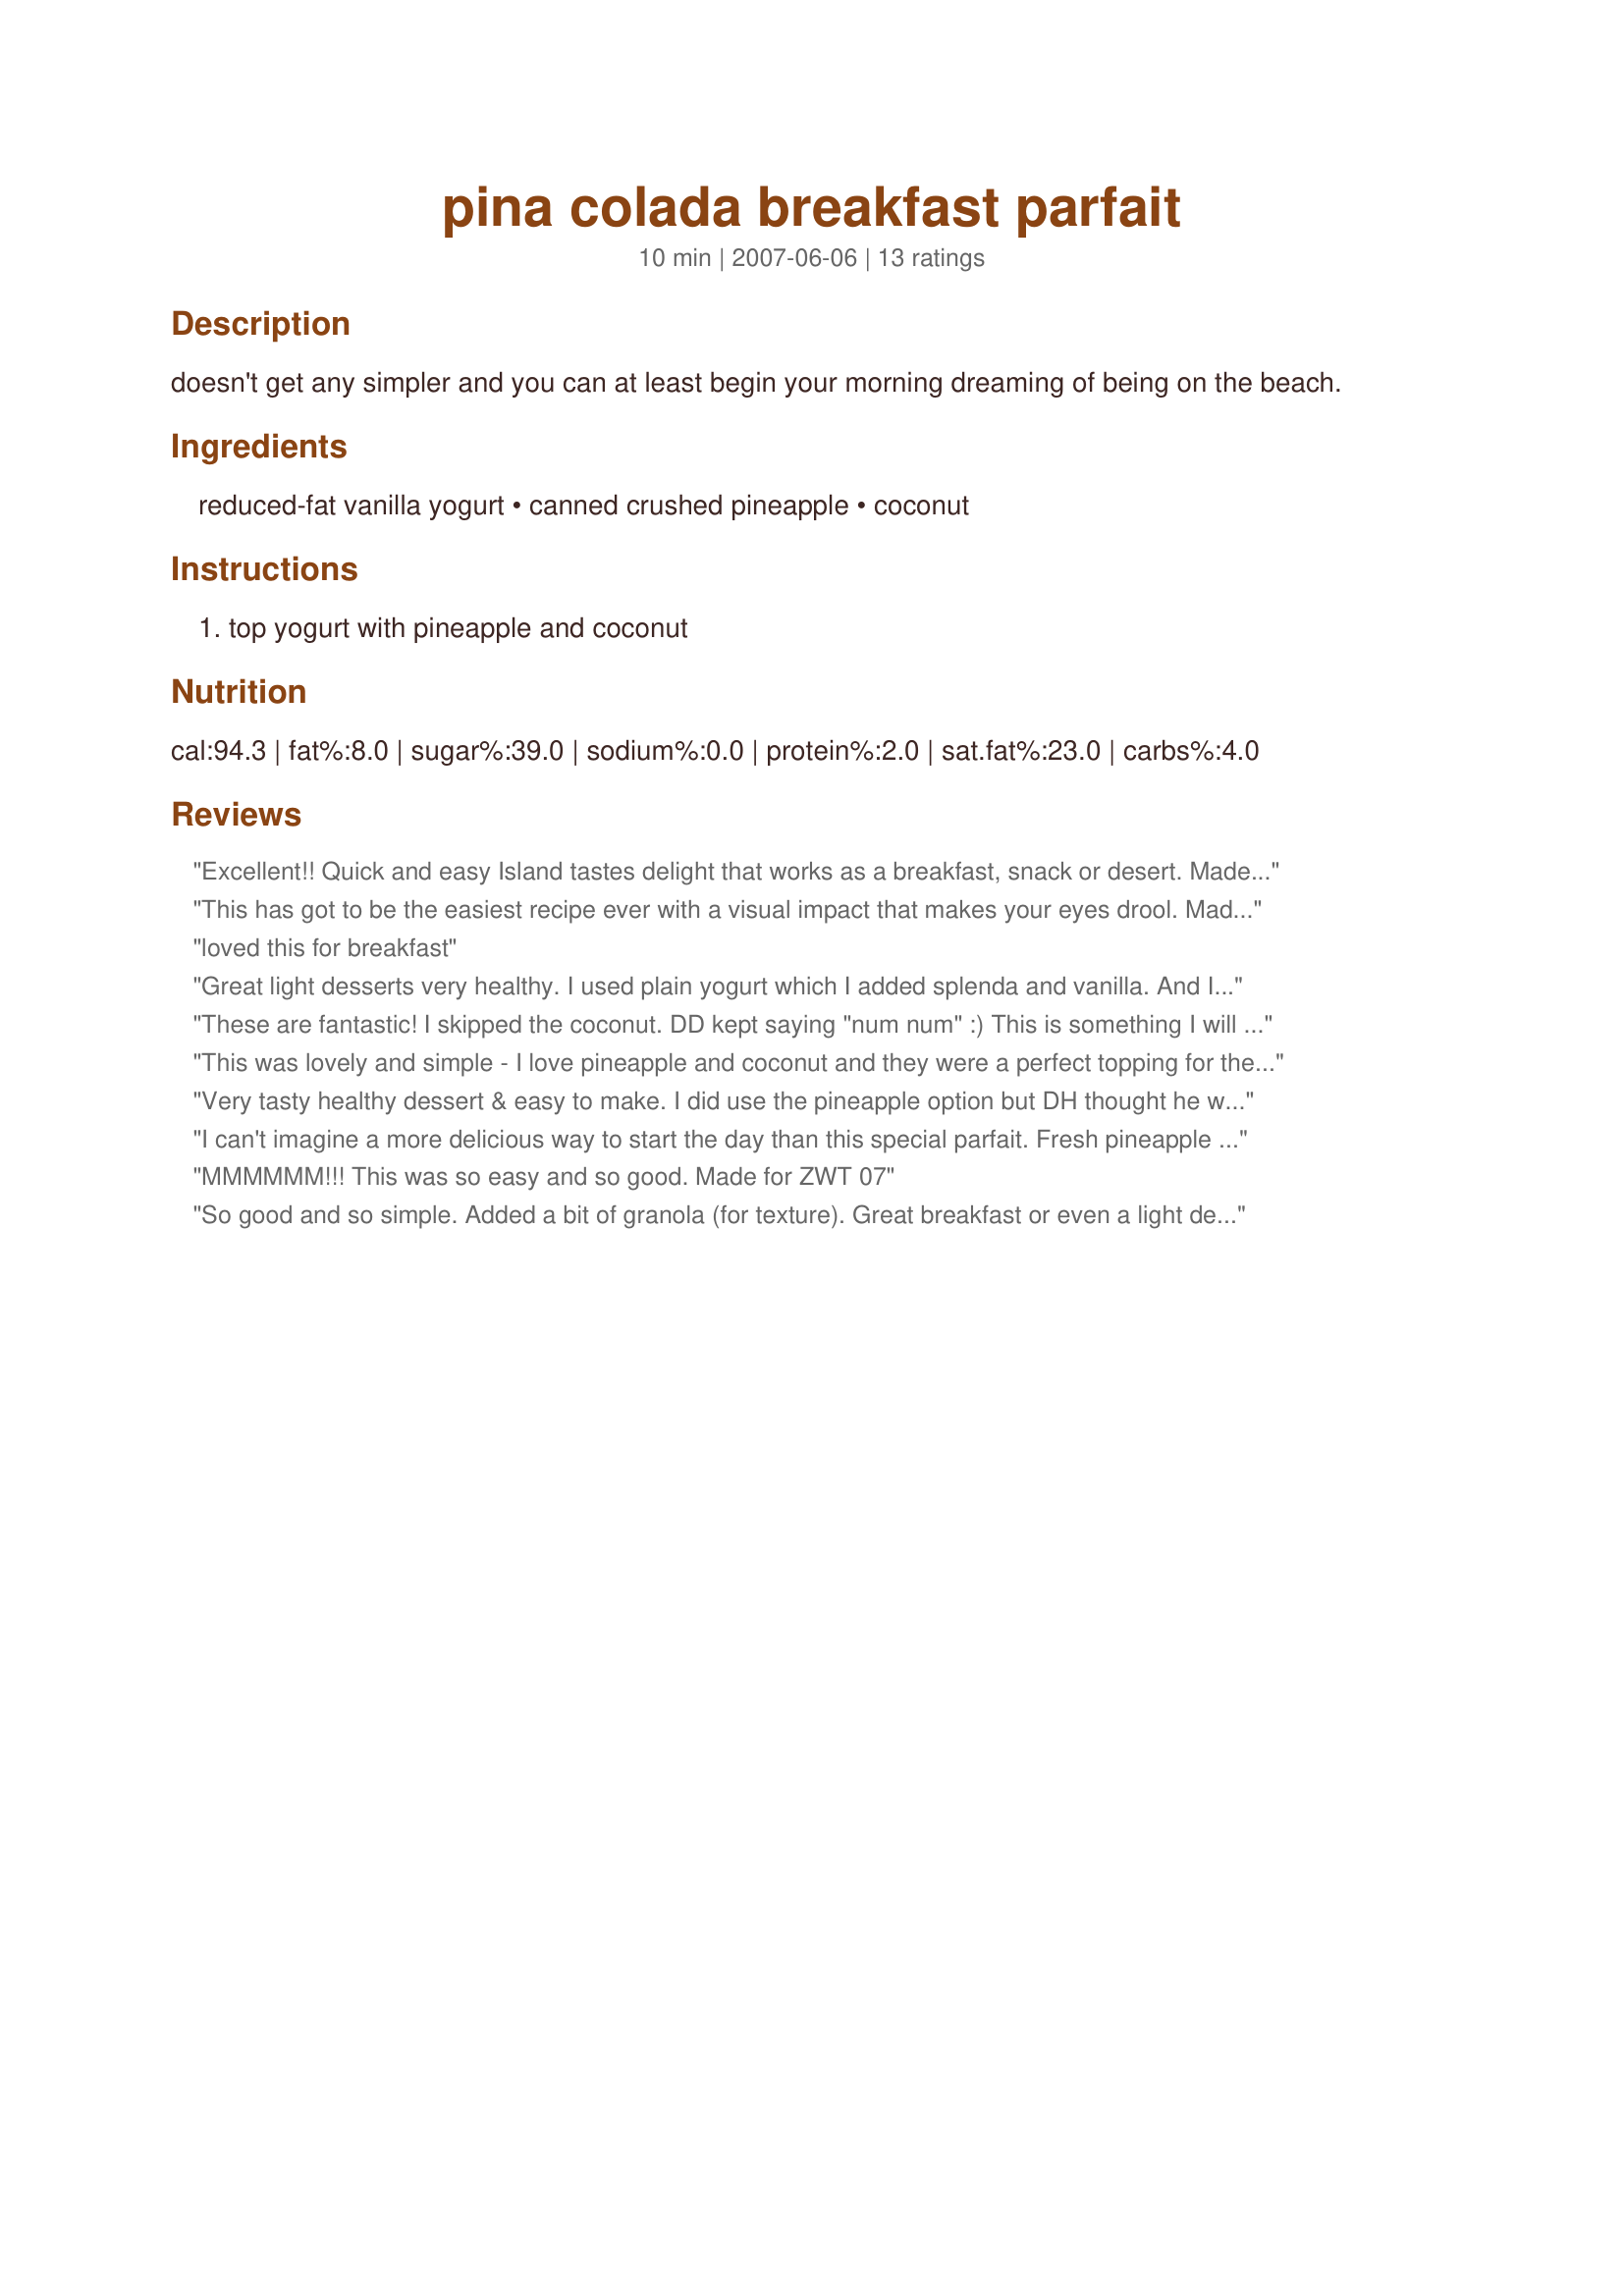
pina colada breakfast parfait
Preparation time: 10 minutes

doesn't get any simpler and you can at least begin your morning dreaming of being on the beach.

Ingredients:
reduced-fat vanilla yogurt, canned crushed pineapple, coconut

Steps:
top yogurt with pineapple and coconut

Reviews:
Excellent!! Quick and easy Island tastes delight that works as a breakfast, snack or desert. Made as written using the mandarin orange option because that is what I had on hand and cannot wait to try the pineapple option. Thanks for the post.
This has got to be the easiest recipe ever with a visual impact that makes your eyes drool. Made for ZWT5
loved this for breakfast
Great light desserts very healthy. I used plain yogurt which I added splenda and vanilla. And I used pineapple. Delicious! Thanks Lori :) Made for Count Dracula and His Hot Bites for ZWT7
These are fantastic! I skipped the coconut. DD kept saying "num num" :) This is something I will put on our regular rotation. I can even serve this to DH as a weeknight (healthy!) dessert! Thanks.
This was lovely and simple - I love pineapple and coconut and they were a perfect topping for the yogurt. Thanks for posting!
Very tasty healthy dessert & easy to make. I did use the pineapple option but DH thought he would prefer the mandarin oranges better. Made for ZWT 7
I can't imagine a more delicious way to start the day than this special parfait. Fresh pineapple was already in my fridge, so I used that chopped up and mixed with the yogurt instead of layering it. I'm just not good at layering and keeping the parfait glass clean, making a mess around the rim that is so hard to clean off. I am a strange one who doesn't like the texture of coconut, so I omitted that ingredient. This good-for-you recipe will now be a staple in our house.
MMMMMM!!! This was so easy and so good. Made for ZWT 07
So good and so simple. Added a bit of granola (for texture). Great breakfast or even a light dessert. Thanks!
Wonderful....Used 1/4 c. mandarin oranges and 1/4 c. pineapple. Instead of toasted coconut, I used a tiny bit of coconut extract. Thanks you sharing.
Lori thank you for a wonderful breakfast this morning! I love mandarin oranges so I used those and did not toast the coconut. Layered the oranges between the yogurt layers and sprinkled coconut on top. Very easy, quick, and tastes so good!
I went with the pineapple option and what a lovely light beakfast this was. I added a bit of coconut extract to the vanilla yogurt to hepl cary the flavor through and that worked beautifully. Made for Witchin Kitchen, zwt7.
